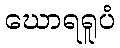
ဃောရရူပံ